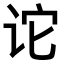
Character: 𫍡